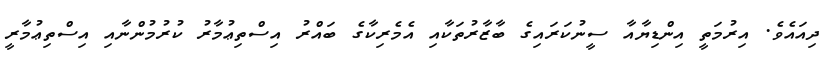
ދިއައެވެ. އިރުމަތީ އިންޑިޔާއާ ސީނުކަރައިގެ ބާޒާރުތަކާއި އެމެރިކާގެ ބައްރު އިސްތިޢުމާރު ކުރުމުންނާއި އިސްތިޢުމާރީ